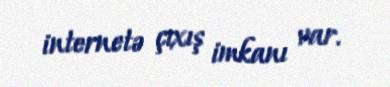
internetə çıxış imkanı var.